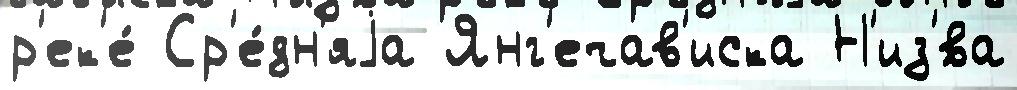
р'ек'е́ Ср'е́дн'яjа Янг'ечав'иска Н'из'́ва